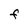
Character: F